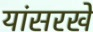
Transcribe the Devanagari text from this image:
यांसरखे